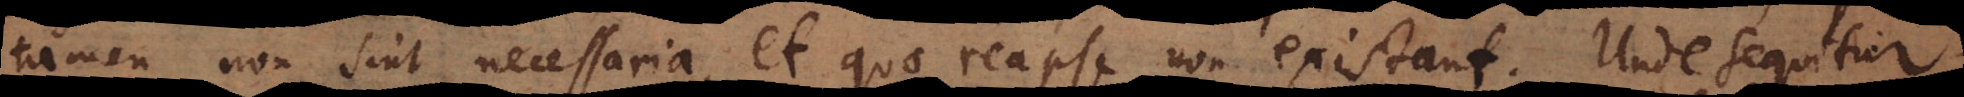
tamen non sint necessaria, et quae reapse non existant. Unde sequitur